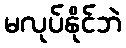
မလုပ်နိုင်ဘဲ